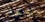
للشفاء